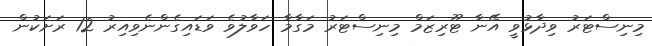
މިނިސްޓަރު ވިދާޅުވީ އޭނާ ޓޫރިޒަމް މިނިސްޓަރު މަގާމާ ހަވާލުވެ ވަޑައިގެންނެވިއިރު 12 ރަށަކުން